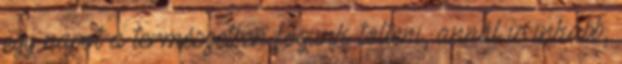
egy napot a természetben fogunk tölteni, annál is inkább,